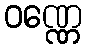
ဝဏ္ဏေ